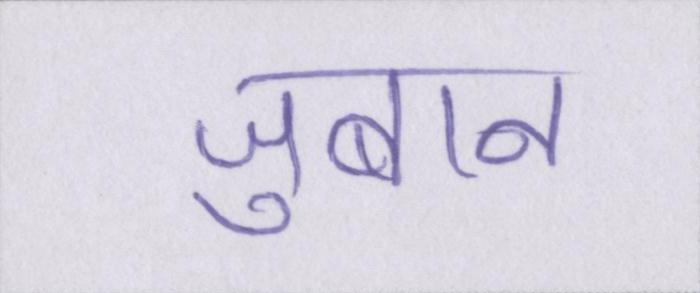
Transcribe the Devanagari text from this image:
जुबान